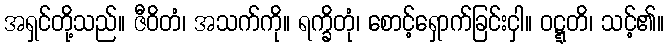
အရှင်တို့သည်။ ဇီဝိတံ၊ အသက်ကို။ ရက္ခိတုံ၊ စောင့်ရှောက်ခြင်းငှါ။ ဝဋ္ဋတိ၊ သင့်၏။